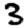
Digit: 3